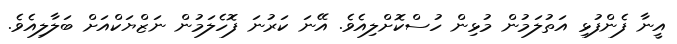
އީނާ ފެންފުޅި އަތުލަމުން މުޅިން ހުސްކޮށްލިއެވެ. އޭނަ ކަރުނަ ފޮހެލަމުން ނަޒްޔަކްއަށް ބަލާލިއެވެ.